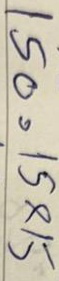
150 = 15x15